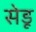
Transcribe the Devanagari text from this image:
सेडू